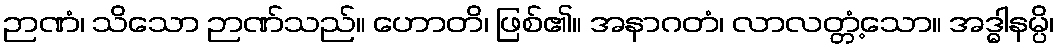
ဉာဏံ၊ သိသော ဉာဏ်သည်။ ဟောတိ၊ ဖြစ်၏။ အနာဂတံ၊ လာလတ္တံ့သော။ အဒ္ဓါနမ္ပိ၊